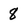
Character: 8